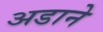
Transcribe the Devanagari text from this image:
अडाने